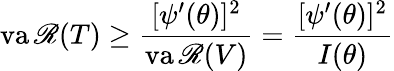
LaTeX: \operatorname{va\mathscr{R}}(T)\geq{\frac{{[\psi^{\prime}(\theta)]^{2}}}{{\operatorname{va\mathscr{R}}(V)}}}={\frac{{[\psi^{\prime}(\theta)]^{2}}}{{I(\theta)}}}